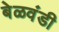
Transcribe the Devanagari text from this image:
बेळवंडी